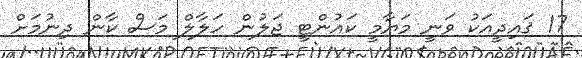
17 ޤައިދީއަކު ވަނީ މަޔާމީ ކައުންޓީ ޖަލުން ހަލާލް މަސް ކާން ދިނުމަށް